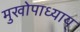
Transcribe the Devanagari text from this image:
मुखोपाध्याय्